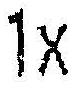
1X